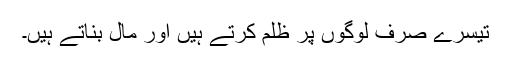
تیسرے صرف لوگوں پر ظلم کرتے ہیں اور مال بناتے ہیں۔